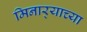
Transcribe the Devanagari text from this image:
मिनार्‍याच्या